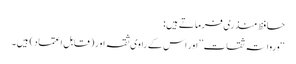
حافظ منذری فرماتے ہیں:
‘‘ورواتہ ثقات’’اور اس کے راوی ثقہ اور (قابل اعتماد) ہیں۔